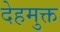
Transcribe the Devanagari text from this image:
देहमुक्त